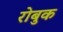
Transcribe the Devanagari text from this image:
रोबुक